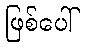
ဖြစ်ပေါ်